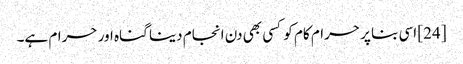
[24] اسی بنا پر حرام کام کو کسی بھی دن انجام دینا گناہ اور حرام ہے۔